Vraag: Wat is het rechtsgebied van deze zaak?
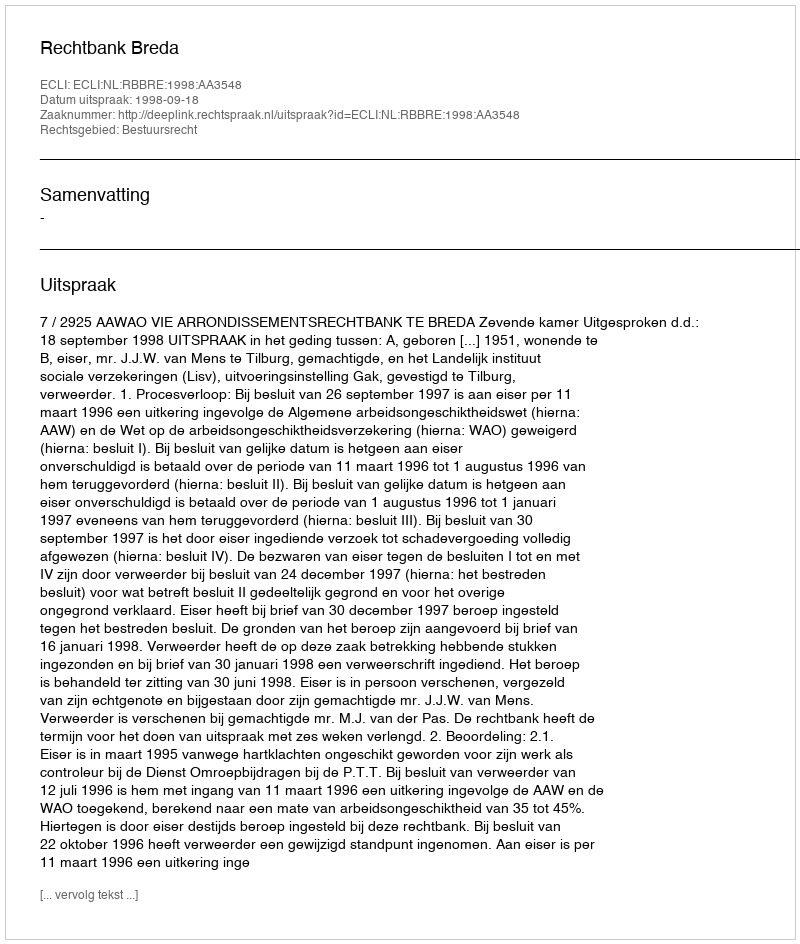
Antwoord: Bestuursrecht